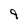
Character: 9